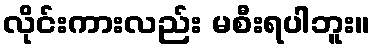
လိုင်းကားလည်း မစီးရပါဘူး။